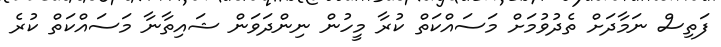
ފަތިސް ނަމާދަށް ތެދުވުމަށް މަސައްކަތް ކުރާ މީހުން ނިންދަވަން ޝައިތާނާ މަސައްކަތް ކުރެ